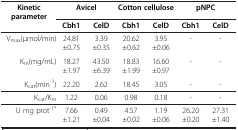
<table><thead><tr><td><b>Kinetic parameter</b></td><td colspan="2"><b>Avicel</b></td><td colspan="2"><b>Cotton cellulose</b></td><td colspan="2"><b>pNPC</b></td></tr><tr><td><b> </b></td><td><b>Cbh1</b></td><td><b>CelD</b></td><td><b>Cbh1</b></td><td><b>CelD</b></td><td><b>Cbh1</b></td><td><b>CelD</b></td></tr></thead><tbody><tr><td>V<sub>max</sub>(μmol/min)</td><td>24.81±0.75</td><td>3.39±0.35</td><td>20.62±0.62</td><td>3.95±0.06</td><td>-</td><td>-</td></tr><tr><td>K<sub>m</sub>(mg/mL)</td><td>18.27±1.97</td><td>43.50±6.39</td><td>18.83±1.99</td><td>16.60±0.97</td><td>-</td><td>-</td></tr><tr><td>K<sub>cat</sub>(min<sup>-1</sup>)</td><td>22.20</td><td>2.62</td><td>18.45</td><td>3.05</td><td>-</td><td>-</td></tr><tr><td>K<sub>cat</sub>/K<sub>m</sub></td><td>1.22</td><td>0.06</td><td>0.98</td><td>0.18</td><td>-</td><td>-</td></tr><tr><td>U mg prot<sup>-1*</sup></td><td>7.66±1.21</td><td>0.49±0.04</td><td>4.57±0.02</td><td>1.19±0.06</td><td>26.20±0.20</td><td>27.31±1.40</td></tr></tbody></table>